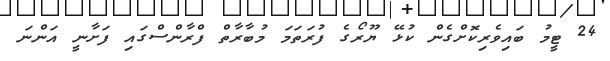
24 ޓީމު ބައިވެރިކޮށްގެން ކުޅޭ ޔޫރޯގެ ފުރަތަމަ މުބާރާތް ފްރާންސްގައި ފަށާނީ އަަންނަ